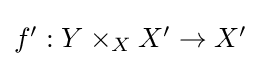
{\textstyle f':Y\times _{X}X'\to X'}